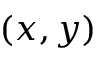
( x , y )